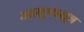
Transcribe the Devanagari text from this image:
आयुष्यसूत्र